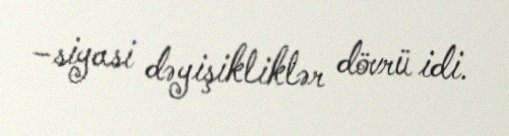
–siyasi dəyişikliklər dövrü idi.